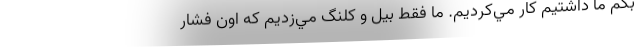
بگم ما داشتيم كار مي‌كرديم. ما فقط بيل و كلنگ مي‌زديم كه اون فشار